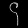
Digit: ၄